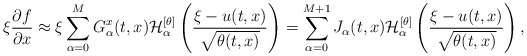
\begin{align*} \xi \frac{\partial f}{\partial x} \approx \xi \sum_{\alpha=0}^M G^x_{\alpha}(t,x) \mathcal{H}^{[\theta]}_{\alpha} \left( \frac{\xi - u(t,x)}{\sqrt{\theta(t,x)}} \right) = \sum_{\alpha=0}^{M+1} J_{\alpha}(t,x) \mathcal{H}^{[\theta]}_{\alpha} \left( \frac{\xi - u(t,x)}{\sqrt{\theta(t,x)}} \right),\end{align*}